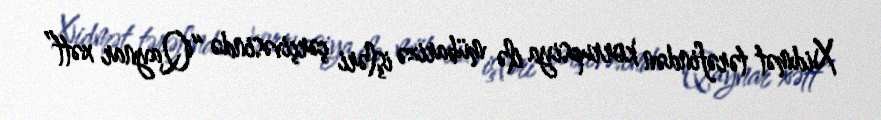
Xidmət tərəfindən korrupsiya ilə mübarizə işləri çərçivəsində “Qaynar xətt”